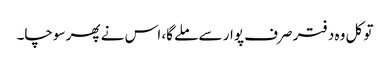
تو کل وہ دفتر صرف پوار سے ملے گا، اس نے پھر سوچا۔